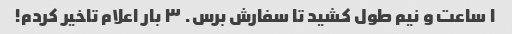
۱ ساعت و نیم طول کشید تا سفارش برس. ۳ بار اعلام‌ تاخیر کردم!